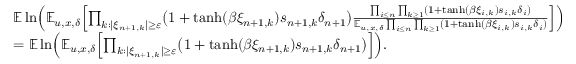
\begin{array} { r l } & { \mathbb E \ln \Bigl ( \mathbb E _ { u , x , \delta } \Bigl [ \prod _ { k : | \xi _ { n + 1 , k } | \geq \varepsilon } \bigl ( 1 + \operatorname { t a n h } ( \beta \xi _ { n + 1 , k } ) s _ { n + 1 , k } \delta _ { n + 1 } \bigr ) \frac { \prod _ { i \le n } \prod _ { k \ge 1 } ( 1 + \operatorname { t a n h } ( \beta \xi _ { i , k } ) s _ { i , k } \delta _ { i } ) } { \mathbb E _ { u , x , \delta } \prod _ { i \le n } \prod _ { k \ge 1 } ( 1 + \operatorname { t a n h } ( \beta \xi _ { i , k } ) s _ { i , k } \delta _ { i } ) } \Bigr ] \Bigr ) } \\ & { = \mathbb E \ln \Bigl ( \mathbb E _ { u , x , \delta } \Bigl [ \prod _ { k : | \xi _ { n + 1 , k } | \geq \varepsilon } \bigl ( 1 + \operatorname { t a n h } ( \beta \xi _ { n + 1 , k } ) s _ { n + 1 , k } \delta _ { n + 1 } \bigr ) \Bigr ] \Bigr ) . } \end{array}